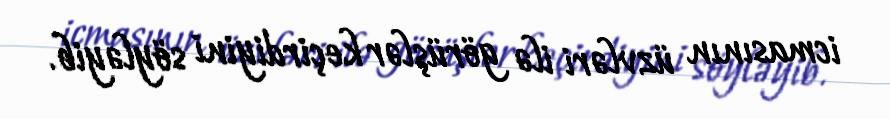
icmasının üzvləri ilə görüşlər keçirdiyini söyləyib.